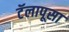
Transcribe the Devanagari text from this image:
टॅलापूसा